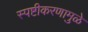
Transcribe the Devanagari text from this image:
स्पष्टीकरणामुळे